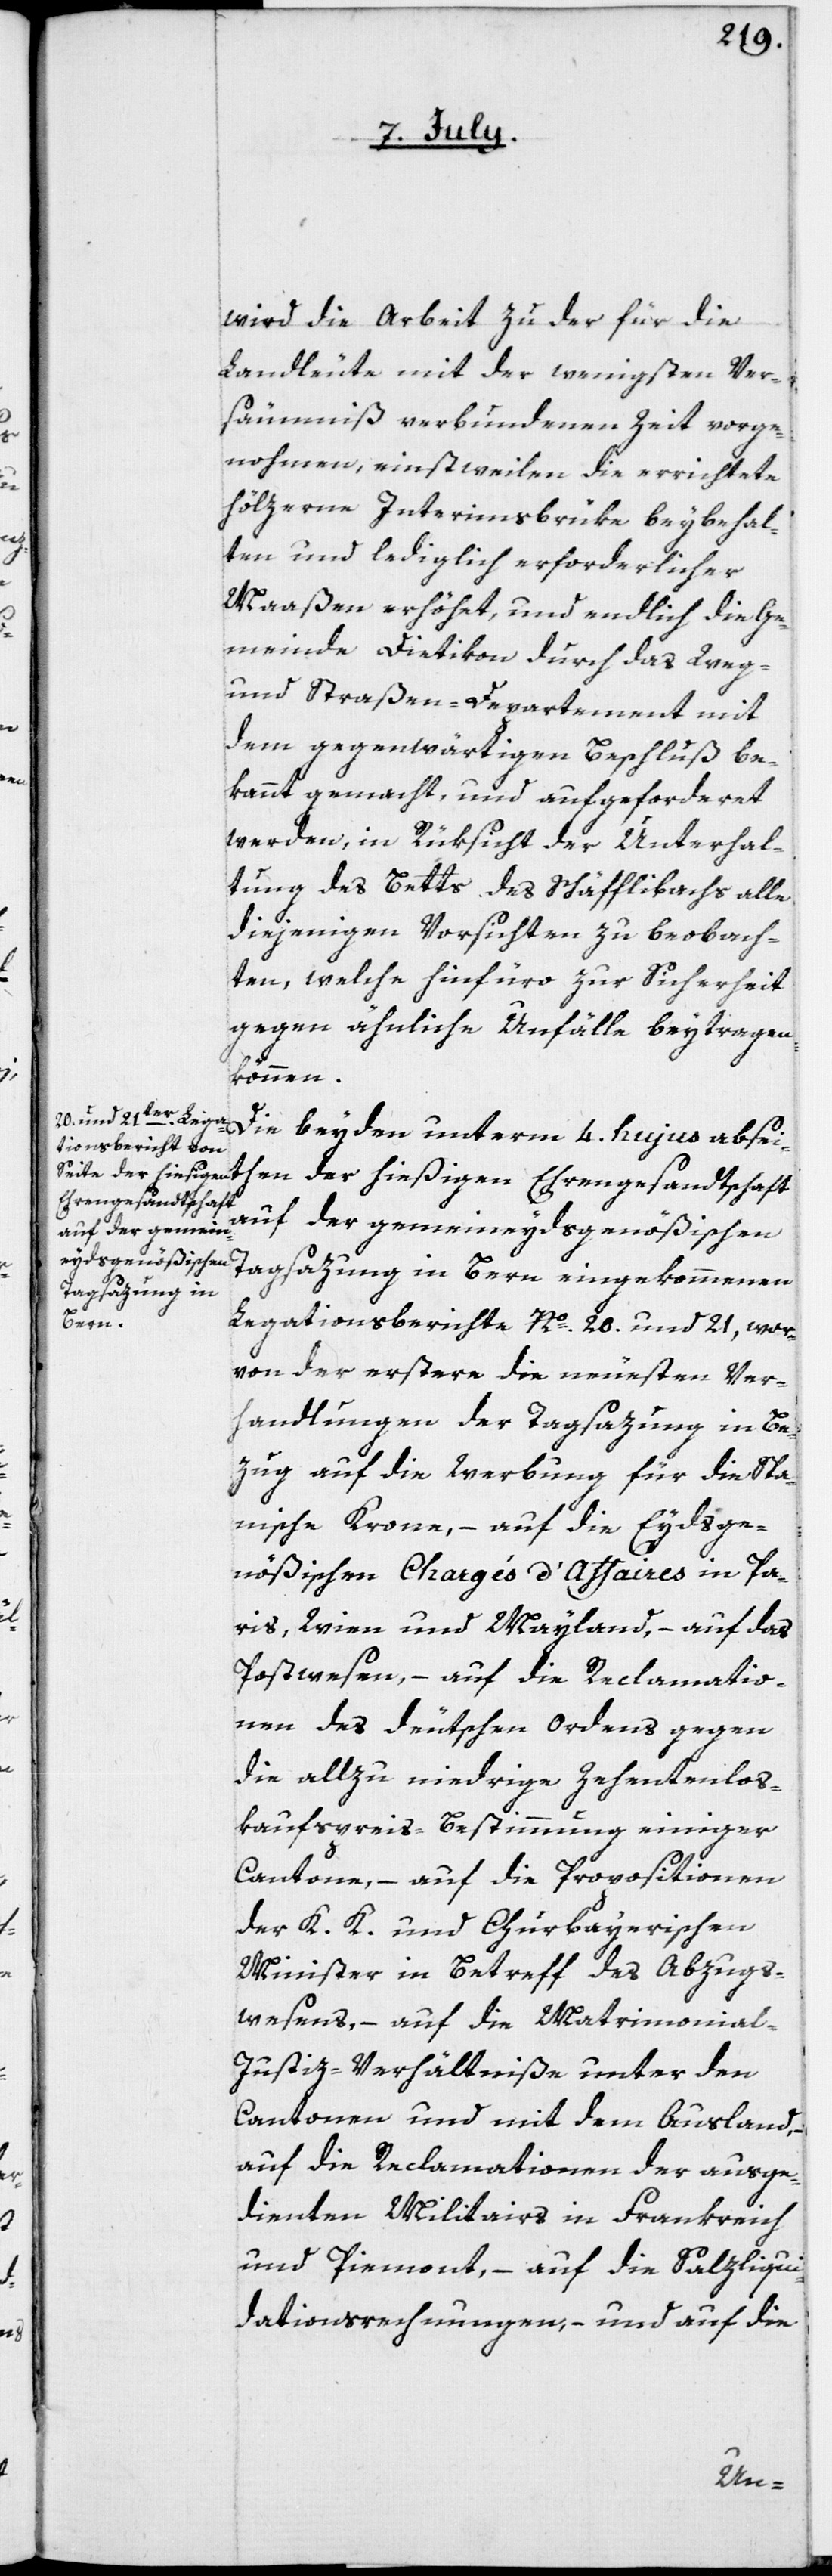
wird die Arbeit zu der für die
Landleute mit der wenigsten Ver¬
säumniß verbundenen Zeit vorge¬
nohmen, einstweilen die errichtete
hölzerne Interimsbrüke beybehal¬
ten und lediglich erforderlicher
Maaßen erhöhet, und endlich die Ge¬
meinde Dietikon durch das Weg-
und Straßen-Departement mit
dem gegenwärtigen Beschluß be¬
kannt gemacht, und aufgeforderet
werden, in Rüksicht der Unterhal¬
tung des Betts des Schäfflibachs alle
diejenigen Vorsichten zu beobach¬
ten, welche hinfüro zur Sicherheit
gegen ähnliche Unfälle beytragen
können.
Ehrengesandtschaft
auf der gemeineydsgenößischen
Tagsazung in Bern eingekommenen
Legationsberichte Nº 20 und 21, wor¬
von der erstere, die neuesten Ver¬
handlungen der Tagsazung in Be¬
zug auf die Werbung für die Spa¬
nische Krone, – auf die Eydsge¬
nößischen Chargés d’Affaires in Pa¬
ris, Wien und Mayland, – auf das
Postwesen, – auf die Reclamatio¬
nen des deutschen Ordens gegen
die allzu niedrige Zehentenlos¬
kaufspreis-Bestimmung einiger
Cantone, – auf die Propositionen
der K. K. und Churbayerischen
Minister in Betreff des Abzugs¬
wesens, – auf die Matrimonia¬
l-Justiz-Verhältniße unter den
Cantonen und mit dem Ausland,
auf die Reclamationen der ausge¬
dienten Militairs in Frankreich
und Piemont, – auf die Salzliqui¬
dationsrechnungen, – und auf die